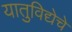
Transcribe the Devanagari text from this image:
यातुविद्येचे